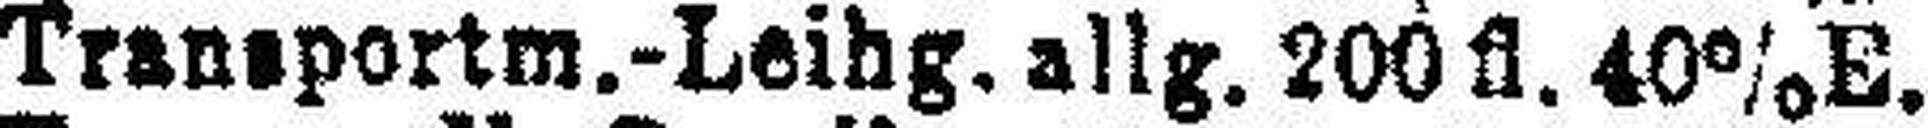
Transportm.-Leihg. allg. 200 fl. 40% E.